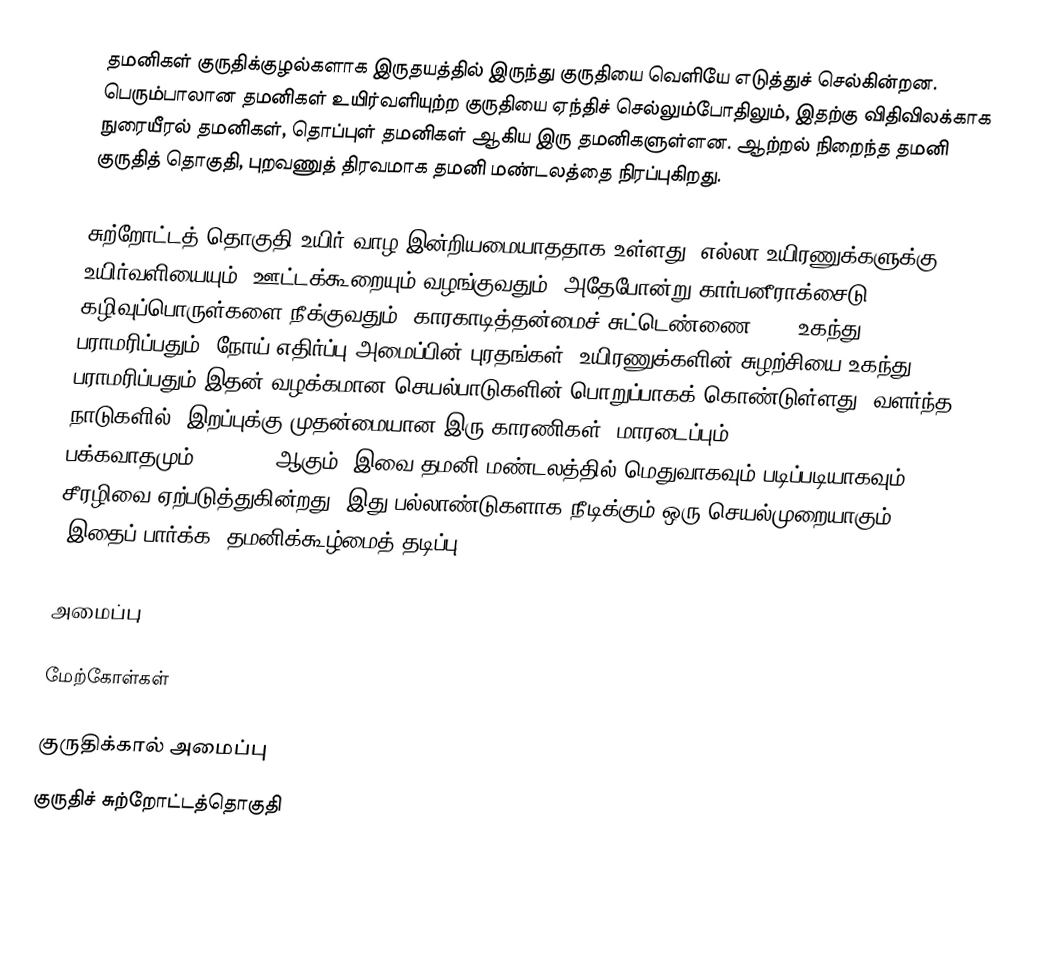
தமனிகள் குருதிக்குழல்களாக இருதயத்தில் இருந்து குருதியை வெளியே எடுத்துச் செல்கின்றன. பெரும்பாலான தமனிகள் உயிர்வளியுற்ற குருதியை ஏந்திச் செல்லும்போதிலும், இதற்கு விதிவிலக்காக நுரையீரல் தமனிகள், தொப்புள் தமனிகள் ஆகிய இரு தமனிகளுள்ளன. ஆற்றல் நிறைந்த தமனி குருதித் தொகுதி, புறவணுத் திரவமாக தமனி மண்டலத்தை நிரப்புகிறது.

சுற்றோட்டத் தொகுதி உயிர் வாழ இன்றியமையாததாக உள்ளது. எல்லா உயிரணுக்களுக்கு உயிர்வளியையும், ஊட்டக்கூறையும் வழங்குவதும், அதேபோன்று கார்பனீராக்சைடு, கழிவுப்பொருள்களை நீக்குவதும், காரகாடித்தன்மைச்  சுட்டெண்ணை (pH) உகந்து பராமரிப்பதும், நோய் எதிர்ப்பு அமைப்பின் புரதங்கள், உயிரணுக்களின் சுழற்சியை உகந்து பராமரிப்பதும் இதன் வழக்கமான செயல்பாடுகளின் பொறுப்பாகக் கொண்டுள்ளது. வளர்ந்த நாடுகளில்,  இறப்புக்கு முதன்மையான இரு காரணிகள், மாரடைப்பும் (Heart Attack) பக்கவாதமும் (Stroke) ஆகும். இவை தமனி மண்டலத்தில் மெதுவாகவும் படிப்படியாகவும் சீரழிவை ஏற்படுத்துகின்றது, இது பல்லாண்டுகளாக நீடிக்கும் ஒரு செயல்முறையாகும். (இதைப் பார்க்க: தமனிக்கூழ்மைத் தடிப்பு).

அமைப்பு

மேற்கோள்கள்

குருதிக்கால் அமைப்பு
குருதிச் சுற்றோட்டத்தொகுதி